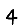
Digit: 4